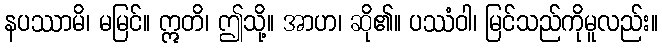
နပဿာမိ၊ မမြင်။ ဣတိ၊ ဤသို့။ အာဟ၊ ဆို၏။ ပဿံဝါ၊ မြင်သည်ကိုမူလည်း။